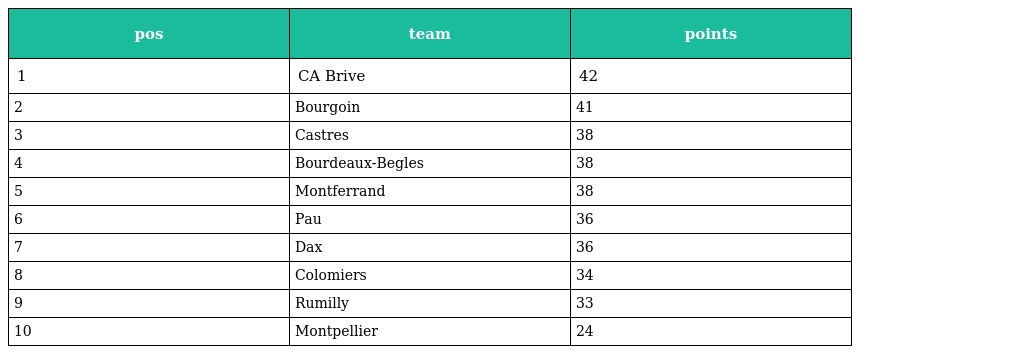
| pos | team | points |
 | --- | --- | --- |
 | 1 | CA Brive | 42 |
 | 2 | Bourgoin | 41 |
 | 3 | Castres | 38 |
 | 4 | Bourdeaux-Begles | 38 |
 | 5 | Montferrand | 38 |
 | 6 | Pau | 36 |
 | 7 | Dax | 36 |
 | 8 | Colomiers | 34 |
 | 9 | Rumilly | 33 |
 | 10 | Montpellier | 24 |